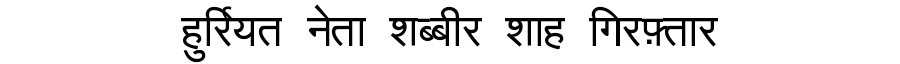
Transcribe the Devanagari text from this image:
हुर्रियत नेता शब्बीर शाह गिरफ़्तार